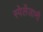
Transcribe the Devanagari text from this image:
स्पेलेंज़ानी